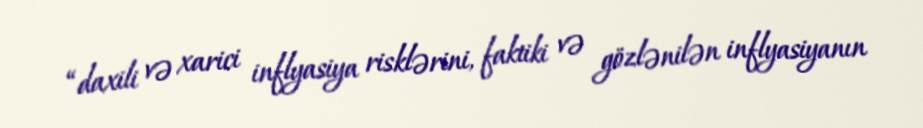
“daxili və xarici inflyasiya risklərini, faktiki və gözlənilən inflyasiyanın